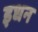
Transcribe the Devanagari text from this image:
इधन